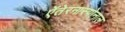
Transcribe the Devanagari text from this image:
ऐंतेरनास्योनाल